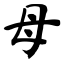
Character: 母